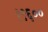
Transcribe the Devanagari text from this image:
१९६००